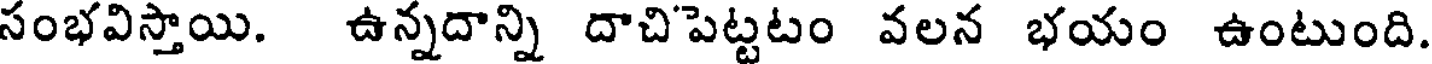
సంభవిస్తాయి. ఉన్నదాన్ని దాచిపెట్టటం వలన భయం ఉంటుంది.